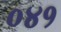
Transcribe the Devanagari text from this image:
०४१